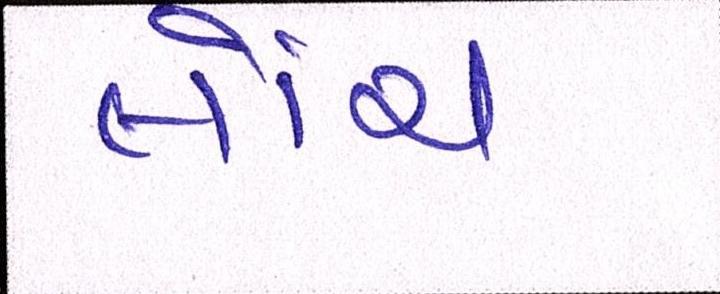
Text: લોંચ